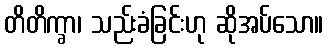
တိတိက္ခာ၊ သည်းခံခြင်းဟု ဆိုအပ်သော။